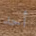
أحد